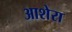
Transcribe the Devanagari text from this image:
आशेरा